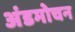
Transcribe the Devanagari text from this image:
अंडमोचन